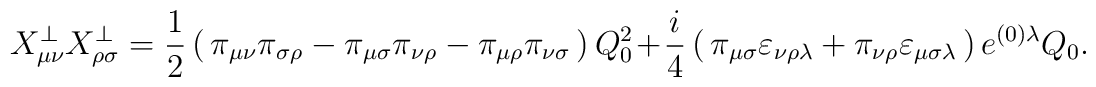
X^\bot_{\mu\nu} X^\bot_{\rho\sigma} = \frac{1}{2} \left(\,\pi_{\mu\nu} \pi_{\sigma\rho} - \pi_{\mu\sigma} \pi_{\nu\rho} - \pi_{\mu\rho} \pi_{\nu\sigma} \, \right) Q_0^2 + \frac{i}{4} \left(\, \pi_{\mu\sigma} \varepsilon_{\nu\rho\lambda} + \pi_{\nu\rho} \varepsilon_{\mu\sigma\lambda} \, \right) e^{(0)\lambda} Q_0.